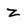
Character: z